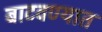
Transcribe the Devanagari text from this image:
बाटवण्यात